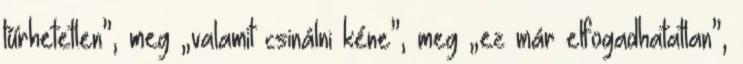
tűrhetetlen”, meg „valamit csinálni kéne”, meg „ez már elfogadhatatlan”,